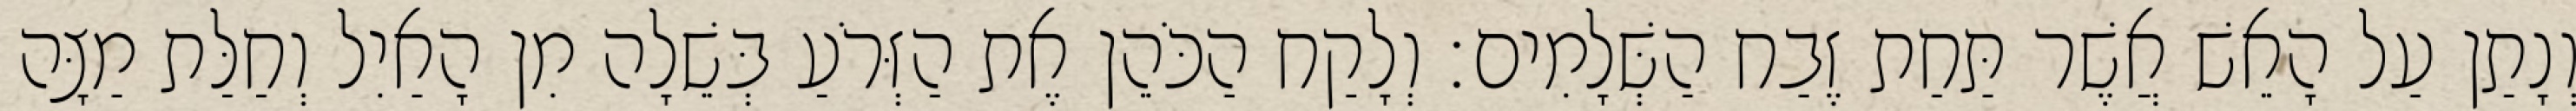
וְנָתַן עַל הָאֵשׁ אֲשֶׁר תַּחַת זֶבַח הַשְּׁלָמִים׃ וְלָקַח הַכֹּהֵן אֶת הַזְּרֹעַ בְּשֵׁלָה מִן הָאַיִל וְחַלַּת מַצָּה